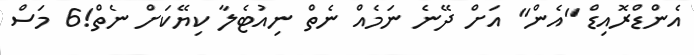
އެންޑްރޮއިޑް "އެން" އަށް ދޭނެ ނަމެއް ނެތް ނިއުޓެލާ ކިޔޭކަށް ނެތް!6 މަސް